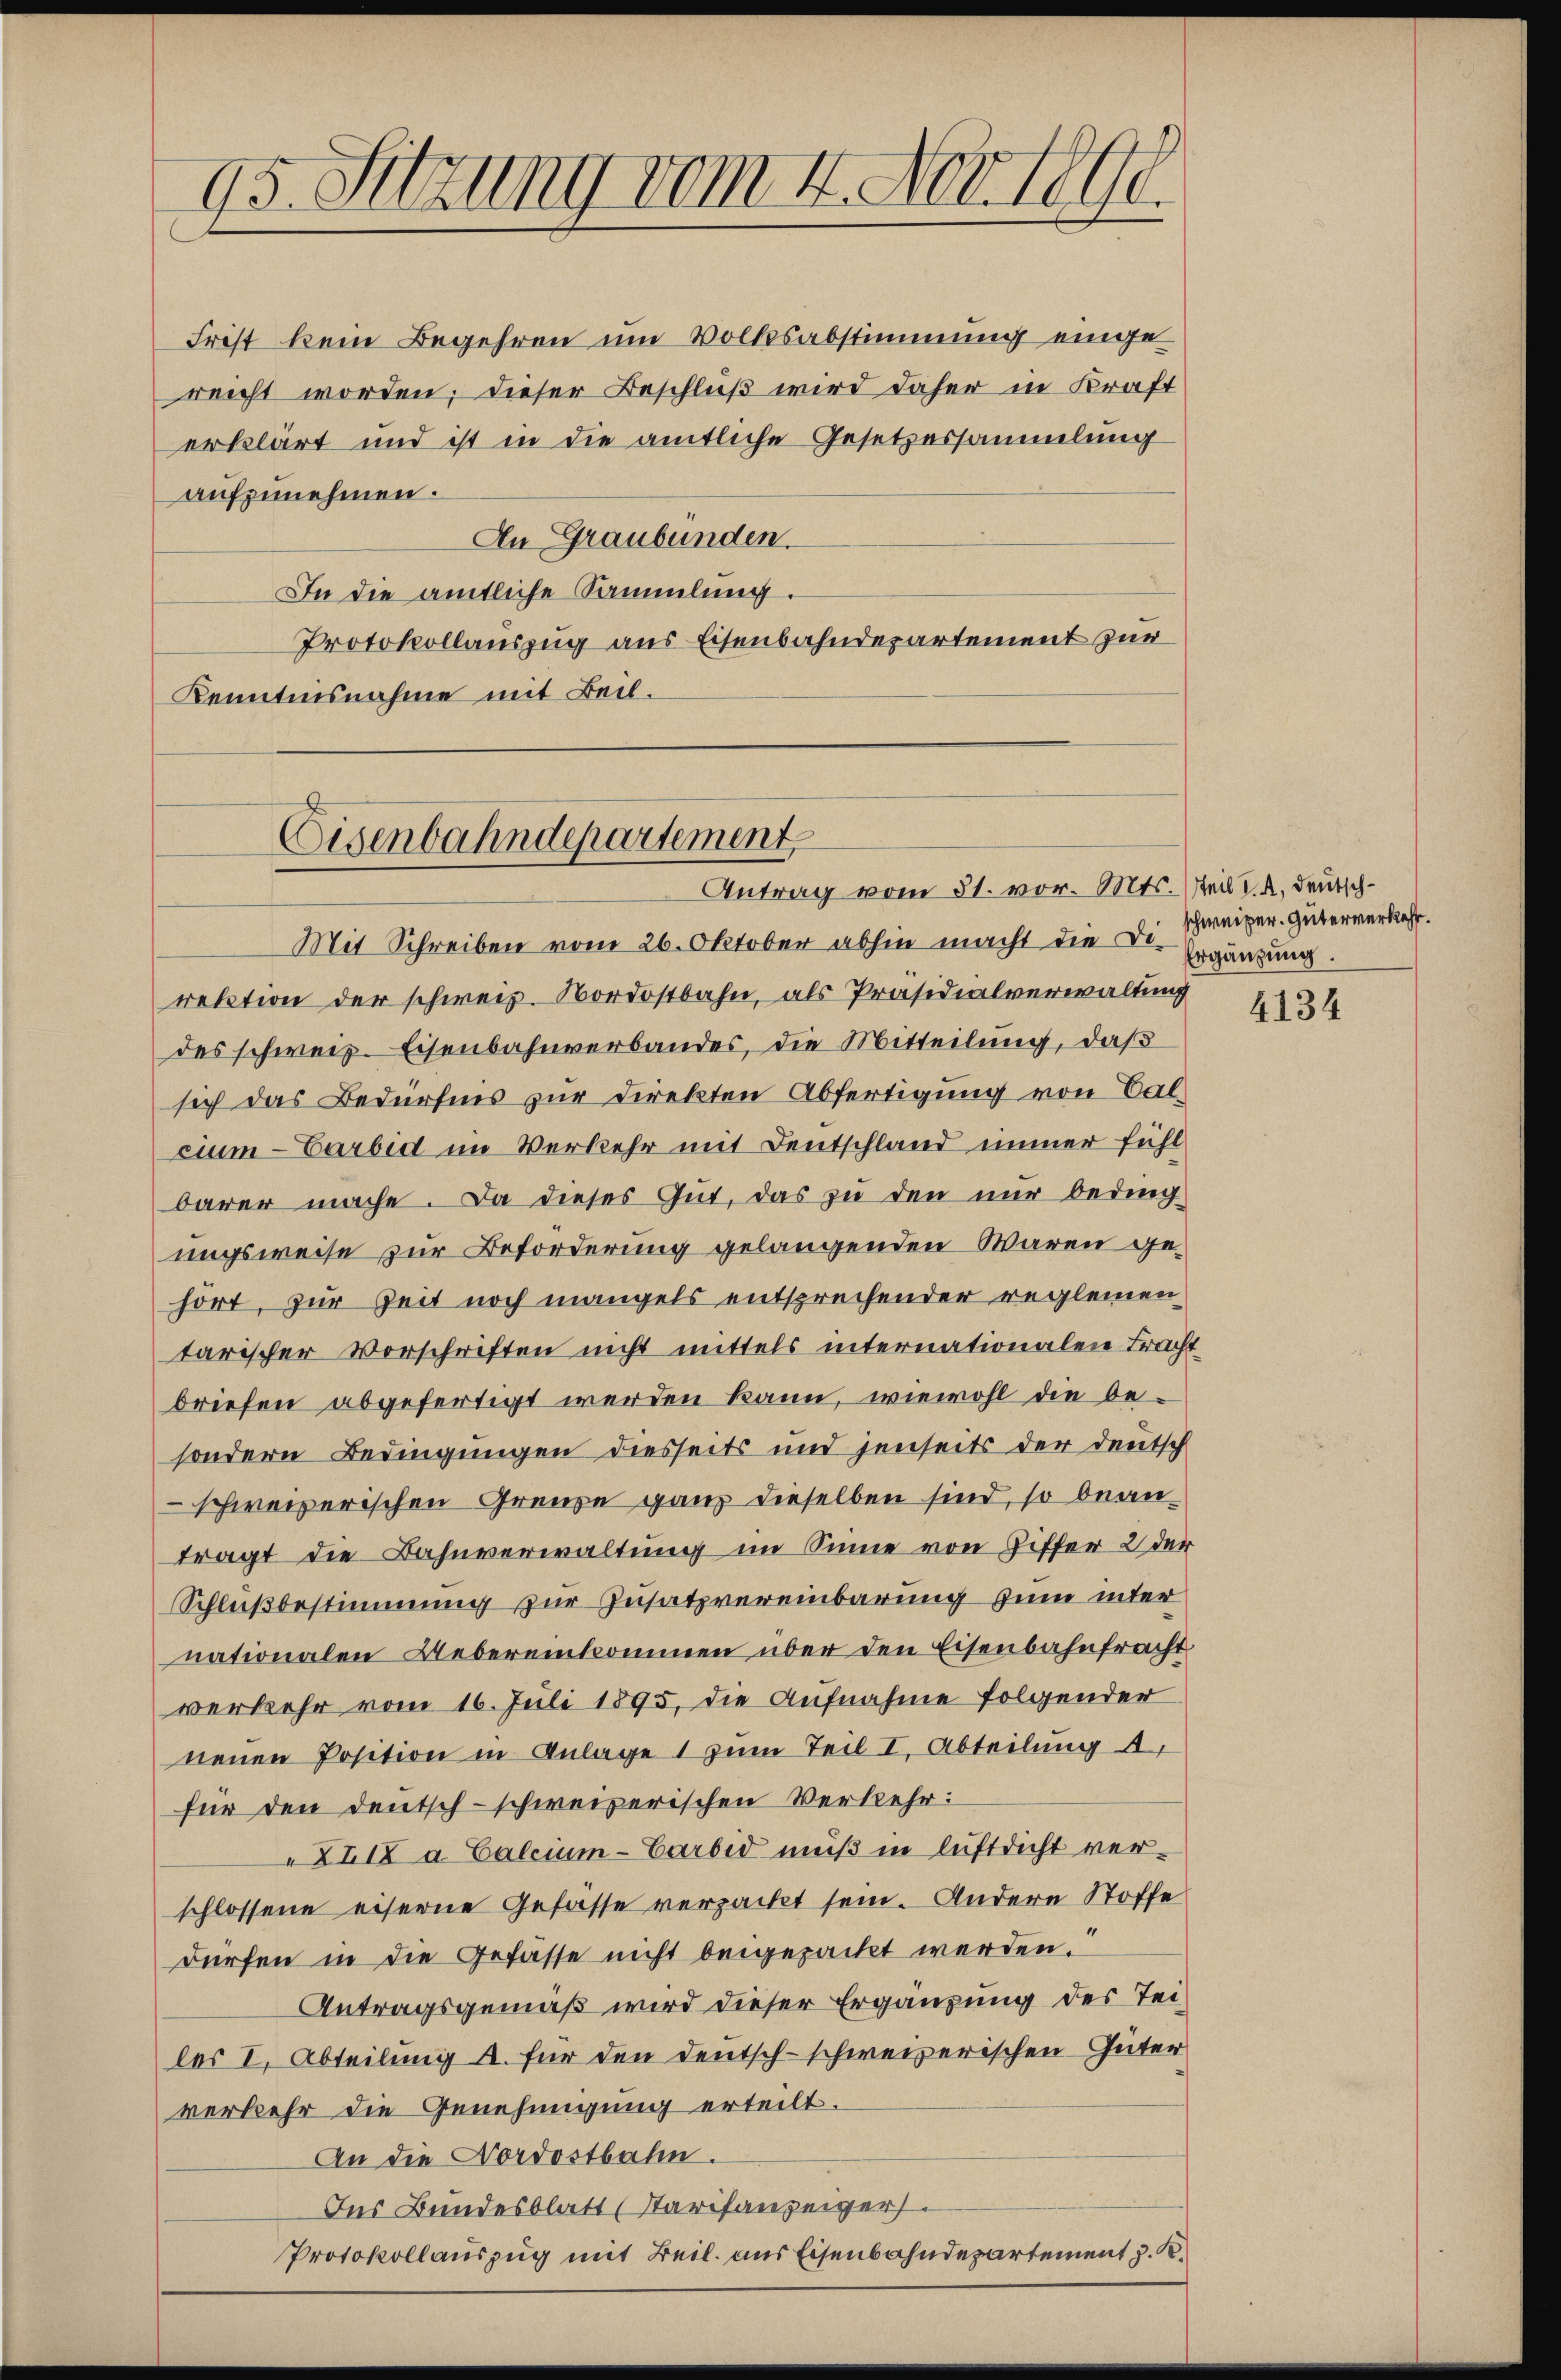
Frist kein Begehren um Volksabstimmung einge
reicht worden; dieser Beschluß wird daher in Kraft
erklärt und ist in die amtliche Gesetzessammlung
aufzunehmen.
An Graubünden.
In die amtliche Sammlung.
Protokollauszug aus Eisenbahndepartement zur
Kenntnisnahme mit Beil¬

95. Sitzung vom 4. Nov. 1890.

Eisenbahndepartement

Antrag vom 31. vor. Mts. Teil d. R. deutsch¬

Mit Schreiben vom 26. Oktober abhin macht die Di-
rektion der schweiz. Nordostbahn, als Präsidialverwaltung
des schweiz. Eisenbahnverbandes, die Mitteilung, daß
sich das Bedürfnis zur Direkten Abfertigung von Calcium - Carbid im Verkehr mit Deutschland immer fühl
barer mache. Da dieses Gut, das zu den nur beding
ungsweise zur Beforderung gelangenden Waren gehört, zur Zeit noch mangels entsprechender reglemen
tarischer Vorschriften nicht mittels internationalen Bracht
briefen abgefertigt werden kann, wiewohl die besondern Bedingungen diesseits und jenseits der deutsch
schweizerischen Grenze ganz dieselben sind, so beantragt die Bahnverwaltung im Sinne von Ziffer 2 der
Schlußbestimmung zur Zusatzvereinbarung zum inter
nationalen Uebereinkommen über den Eisenbahnfracht
verkehr vom 16. Juli 1895, die Aufnahme folgender
nenen Position in Anlage 1 zum Teil I, Abteilung d
für den deutsch-schweizerischen Verkehr:
XIIX a Calcium-Carbid muß in luftdicht ver-
schlossene eiserne Gefasse verpacht sein. Andere Stoffe
dürfen in die Gefasse nicht beigepackt werden.
Antragsgemäß wird dieser Ergänzung des Teiles I, Abteilung u. für den Deutsch-schweizerischen Güter
verkehr die Genehmigung erteilt.
An die Nordostbahn.
Des Bundesblatt (Starifanzeiger
Protokollauszug mit Beil. aus Eisenbahndepartement z. K.

schweizer. Güterverkehr.
Ergänzung.

4134